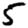
Digit: 5